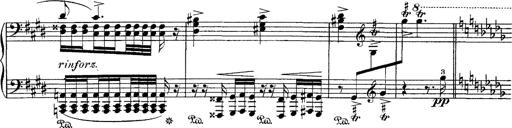
Title: Hungarian Rhapsody No.1
Composer: Franz Liszt
Key: C-sharp minor